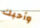
وأحبك